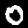
Label: 0